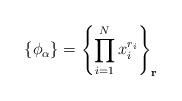
LaTeX: \begin{align*}\{\phi_{\alpha}\} = \left \{\prod_{i=1}^{N}x_i^{r_i}\right\}_{\mathbf{r}} \end{align*}